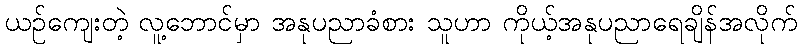
ယဉ်ကျေးတဲ့ လူ့ဘောင်မှာ အနုပညာခံစား သူဟာ ကိုယ့်အနုပညာရေချိန်အလိုက်